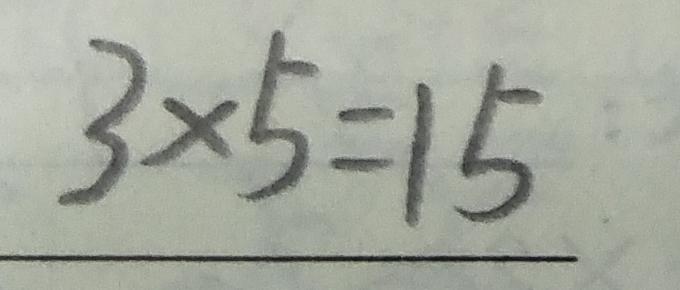
3 \times 5 = 1 5